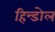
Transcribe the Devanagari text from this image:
हिन्डोल